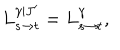
L _ { s \to t } ^ { \gamma | J ^ { \prime } } = L _ { s \to t } ^ { \gamma } ,